Annual report on the mental hospital in the Central Provinces and Berar (Nagpur) - 1927-1951
Year: 1927
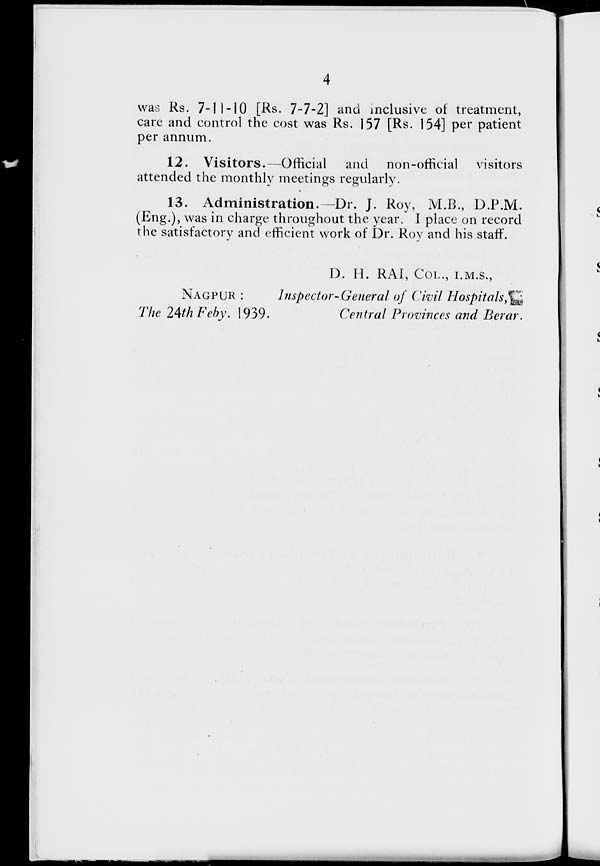
4
was Rs. 7-11-10 [Rs. 7-7-2] and inclusive of treatment,
care and control the cost was Rs. 157 [Rs. 154] per patient
per annum.
12. Visitors.—Official
and non-official
visitors
attended the monthly meetings regularly.
13. Administration.—Dr. J. Roy, M.B., D.P.M.
(Eng.), was in charge throughout the year. I place on record
the satisfactory and efficient work of Dr. Roy and his staff.
D. H. RAI, COL., I.M.S.,
NAGPUR :
Inspector-General of Civil Hospitals,
The 24th Feby. 1939.
Central Provinces and Berar.